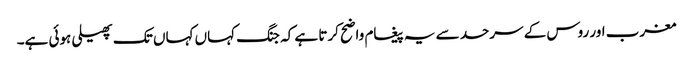
مغرب اور روس کے سرحد سے یہ پیغام واضح کرتا ہے کہ جنگ کہاں کہاں تک پھیلی ہوئی ہے۔